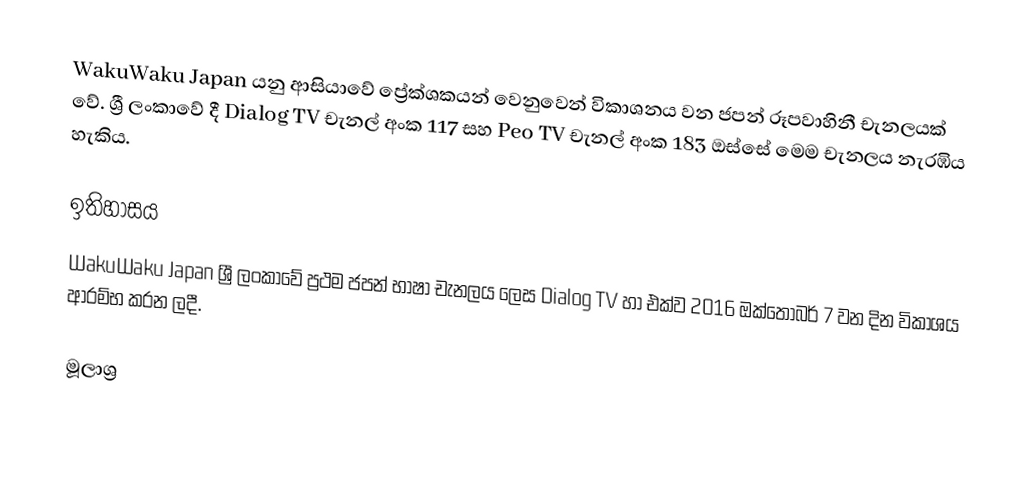
WakuWaku Japan යනු ආසියාවේ ප්‍රේක්ශකයන් වෙනුවෙන් විකාශනය වන ජපන් රූපවාහිනී චැනලයක් වේ. ශ්‍රී ලංකාවේ දී Dialog TV චැනල් අංක 117 සහ Peo TV චැනල් අංක 183 ඔස්සේ මෙම චැනලය නැරඹිය හැකිය.

ඉතිහාසය
WakuWaku Japan ශ්‍රී ලංකාවේ ප්‍රථම ජපන් භාෂා චැනලය ලෙස Dialog TV හා එක්ව 2016 ඔක්තෝබර් 7 වන දින විකාශය ආරම්භ කරන ලදී.

මූලාශ්‍ර